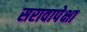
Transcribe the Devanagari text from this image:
सरावापेक्षा